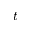
t